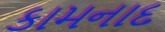
કામનાદ